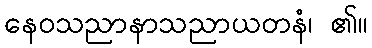
နေဝသညာနာသညာယတနံ၊ ၏။